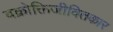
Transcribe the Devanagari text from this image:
वक्रोक्तिजीवितकार